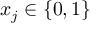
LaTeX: x _ { j } \in \{ 0 , 1 \}